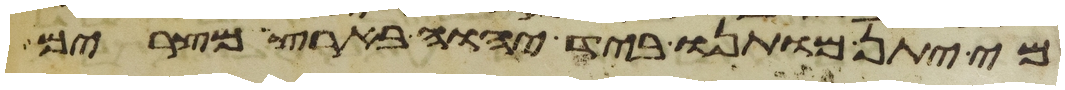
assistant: מי יתן מותנו ביד יהוה בארץ מצרים